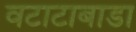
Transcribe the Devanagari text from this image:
वटाटाबाडा